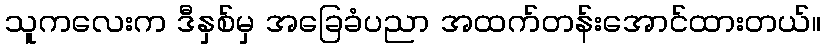
သူကလေးက ဒီနှစ်မှ အခြေခံပညာ အထက်တန်းအောင်ထားတယ်။